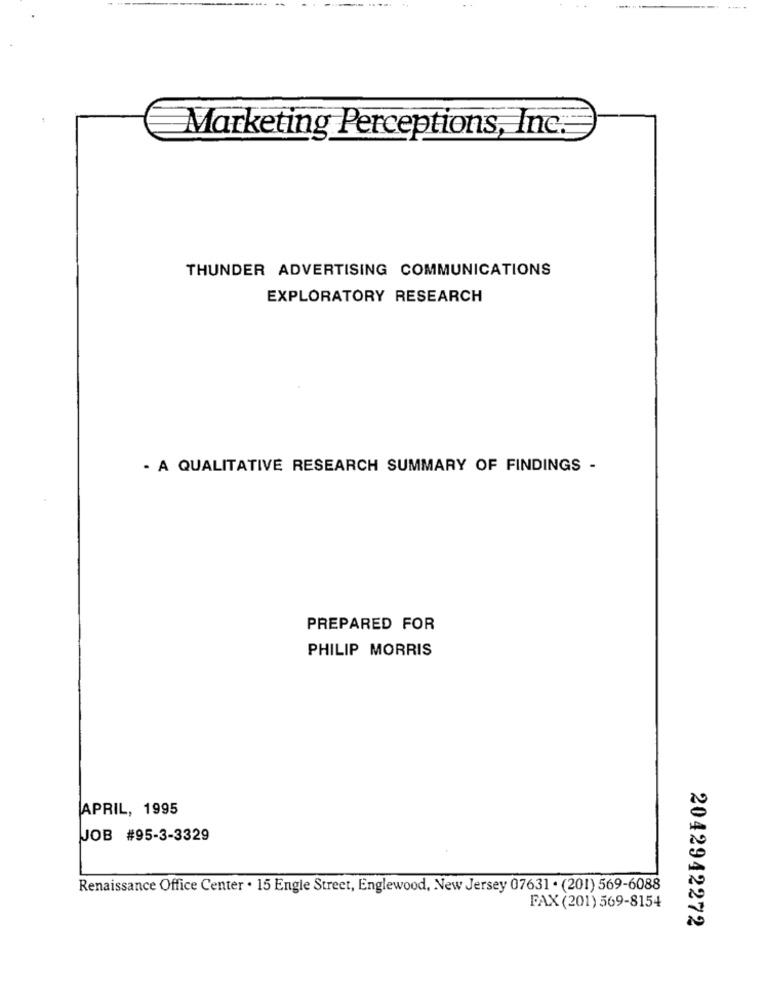
Marketing Perceptions, Inc.
THUNDER ADVERTISING COMMUNICATIONS
EXPLORATORY RESEARCH
- A QUALITATIVE RESEARCH SUMMARY OF FINDINGS -
PREPARED FOR
PHILIP MORRIS
APRIL, 1995
JOB #95-3-3329
Renaissance Office Center . 15 Engle Street, Englewood, New Jersey 07631 . (201) 569-6088
FAX (201) 569-8154
2042942272